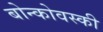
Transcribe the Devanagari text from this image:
बोन्कोवस्की